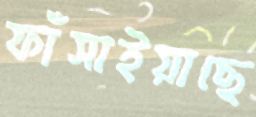
ফাঁসাইয়াছে